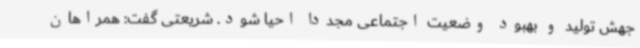
جهش تولید و بهبود وضعیت اجتماعی مجددا احیا شود. شریعتی گفت: همراهان